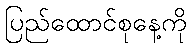
ပြည်ထောင်စုနေ့ကို